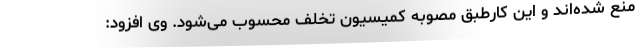
منع شده‌اند و این کارطبق مصوبه کمیسیون تخلف محسوب می‌شود. وی افزود: